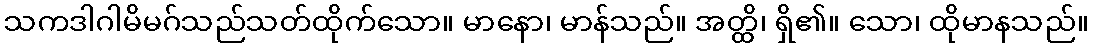
သကဒါဂါမိမဂ်သည်သတ်ထိုက်သော။ မာနော၊ မာန်သည်။ အတ္ထိ၊ ရှိ၏။ သော၊ ထိုမာနသည်။